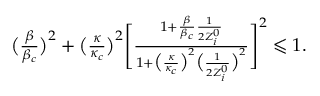
\begin{array} { r l r } & { } & { \big ( \frac { \beta } { \beta _ { c } } \big ) ^ { 2 } + \big ( \frac { \kappa } { \kappa _ { c } } \big ) ^ { 2 } \Bigg [ \frac { 1 + \frac { \beta } { \beta _ { c } } \frac { 1 } { 2 Z _ { i } ^ { 0 } } } { 1 + \big ( \frac { \kappa } { \kappa _ { c } } \big ) ^ { 2 } \big ( \frac { 1 } { 2 Z _ { i } ^ { 0 } } \big ) ^ { 2 } } \Bigg ] ^ { 2 } \leqslant 1 . } \end{array}